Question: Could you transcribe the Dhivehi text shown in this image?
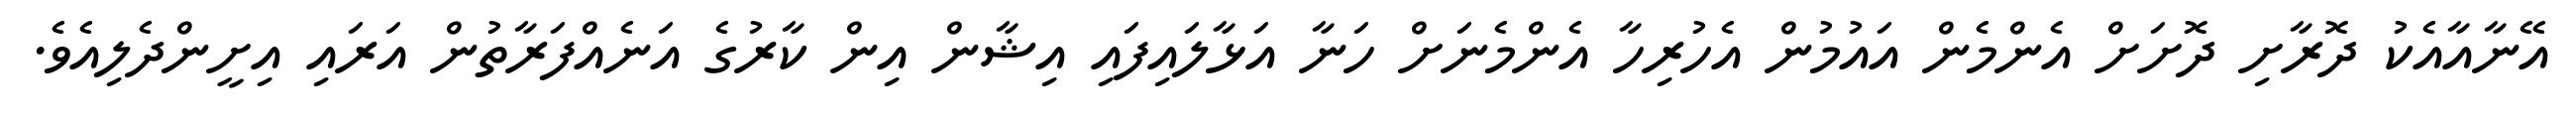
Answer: އޭނާއާއެކު ދޮރާށި ދޮށަށް އެންމެން އައުމުން އެހުރިހާ އެންމެނަށް ހަނާ އަޅާލައިފައި އިޝާން އިން ކާރުގެ އަނެއްފަރާތުން އަރައި އިށީންދެލިއެވެ.